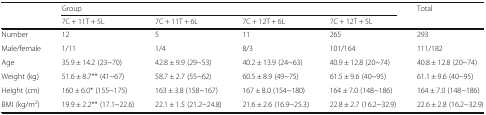
<table><thead><tr><td rowspan="2"></td><td colspan="4"><b>Group</b></td><td rowspan="2"><b>Total</b></td></tr><tr><td><b>7C + 11T + 5L</b></td><td><b>7C + 11T + 6L</b></td><td><b>7C + 12T + 6L</b></td><td><b>7C + 12T + 5L</b></td></tr></thead><tbody><tr><td>Number</td><td>12</td><td>5</td><td>11</td><td>265</td><td>293</td></tr><tr><td>Male/female</td><td>1/11</td><td>1/4</td><td>8/3</td><td>101/164</td><td>111/182</td></tr><tr><td>Age</td><td>35.9 ± 14.2 (23~70)</td><td>42.8 ± 9.9 (29~53)</td><td>40.2 ± 13.9 (24~63)</td><td>40.9 ± 12.8 (20~74)</td><td>40.8 ± 12.8 (20~74)</td></tr><tr><td>Weight (kg)</td><td>51.6 ± 8.7** (41~67)</td><td>58.7 ± 2.7 (55~62)</td><td>60.5 ± 8.9 (49~75)</td><td>61.5 ± 9.6 (40~95)</td><td>61.1 ± 9.6 (40~95)</td></tr><tr><td>Height (cm)</td><td>160 ± 6.0* (155~175)</td><td>163 ± 3.8 (158~167)</td><td>167 ± 8.0 (154~180)</td><td>164 ± 7.0 (148~186)</td><td>164 ± 7.0 (148~186)</td></tr><tr><td>BMI (kg/m<sup>2</sup>)</td><td>19.9 ± 2.2** (17.1~22.6)</td><td>22.1 ± 1.5 (21.2~24.8)</td><td>21.6 ± 2.6 (16.9~25.3)</td><td>22.8 ± 2.7 (16.2~32.9)</td><td>22.6 ± 2.8 (16.2~32.9)</td></tr></tbody></table>